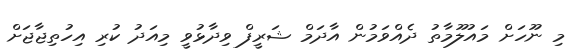
މި ނޫހަށް މައުލޫމާތު ދެއްވަމުން އާދަމް ޝަރީފް ވިދާޅުވީ މިއަދު ކުރި އިހުތިޖާޖަށް